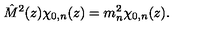
\hat { M } ^ { 2 } ( z ) \chi _ { 0 , n } ( z ) = m _ { n } ^ { 2 } \chi _ { 0 , n } ( z ) .